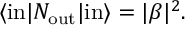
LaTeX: \langle \mathrm { i n } | N _ { \mathrm { o u t } } | \mathrm { i n } \rangle = | \beta | ^ { 2 } .